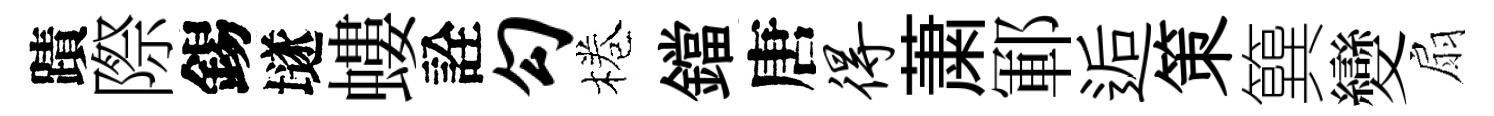
蹟際錫𡑞螻詮勾棬鐺唐得䔥鄆逅策簨變扇